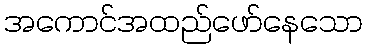
အကောင်အထည်ဖော်နေသော